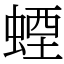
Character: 䗎